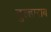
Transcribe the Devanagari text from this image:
दुल्हाराब